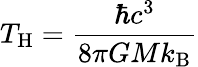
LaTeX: T_{\mathrm{H}}={\frac{\hbar c^{3}}{8\pi GMk_{\mathrm{B}}}}